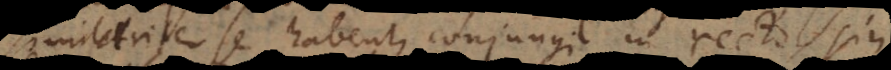
imilariter se habent, conjungi in recto, sin